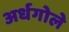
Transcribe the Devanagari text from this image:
अर्धगोले